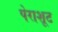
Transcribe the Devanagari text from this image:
पेराशूट